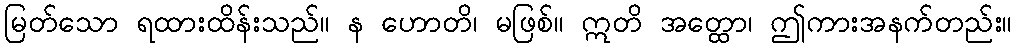
မြတ်သော ရထားထိန်းသည်။ န ဟောတိ၊ မဖြစ်။ ဣတိ အတ္ထော၊ ဤကားအနက်တည်း။